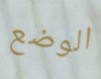
الوضع